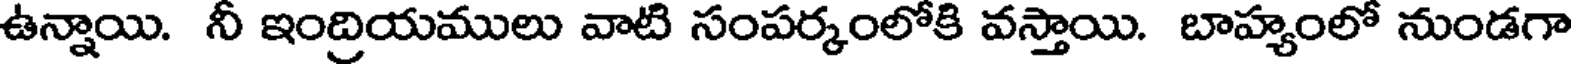
ఉన్నాయి. నీ ఇంద్రియములు వాటి సంపర్కంలోకి వస్తాయి. బాహ్యంలో నుండగా